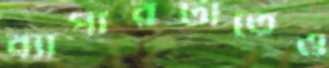
ব্যাপারটাতেও